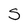
Character: S